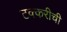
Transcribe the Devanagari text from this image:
टक्करीची